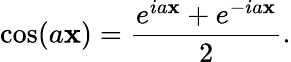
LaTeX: \cos(a\mathbf{x})={\frac{{e^{ia\mathbf{x}}+e^{-ia\mathbf{x}}}}{{2}}}.